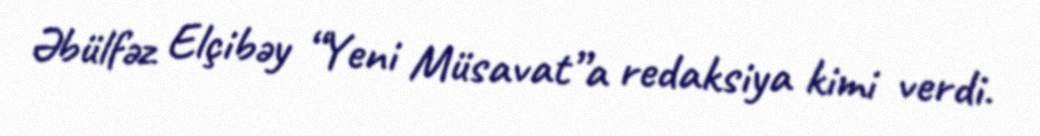
Əbülfəz Elçibəy “Yeni Müsavat”a redaksiya kimi verdi.